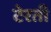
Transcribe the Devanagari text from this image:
टेरती